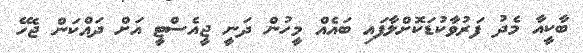
ބާކީއާ މެދު ފަރުވާކުޑަކޮށްލާފައި ބައެއް މީހުން ދަނީ ޖީއެސްޓީ އަށް ދައްކަން ޖެހޭ